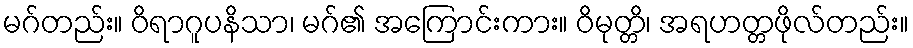
မဂ်တည်း။ ဝိရာဂူပနိသာ၊ မဂ်၏ အကြောင်းကား။ ဝိမုတ္တိ၊ အရဟတ္တဖိုလ်တည်း။